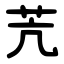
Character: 苀